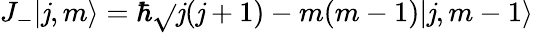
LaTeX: J_{-}|\mathit{j},m\rangle=\hbar{\sqrt{}{{\mathit{j}(\mathit{j}+1)-m(m-1)}}}|\mathit{j},m-1\rangle